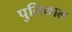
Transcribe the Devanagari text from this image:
पुलिकाल